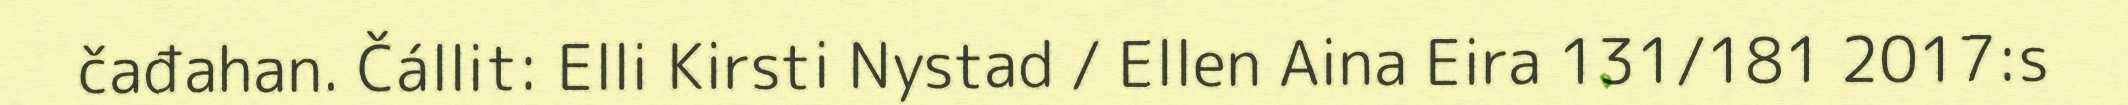
čađahan. Čállit: Elli Kirsti Nystad / Ellen Aina Eira 131/181 2017:s